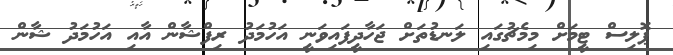
ޕޮލިސް ޓީމަށް މިމެޗުގައި ލަނޑުތަށް ޖަހާދީފައިވަނީ އަހުމަދު ރިފްްޝާން އާއި އަަހުމަދު ޝާން